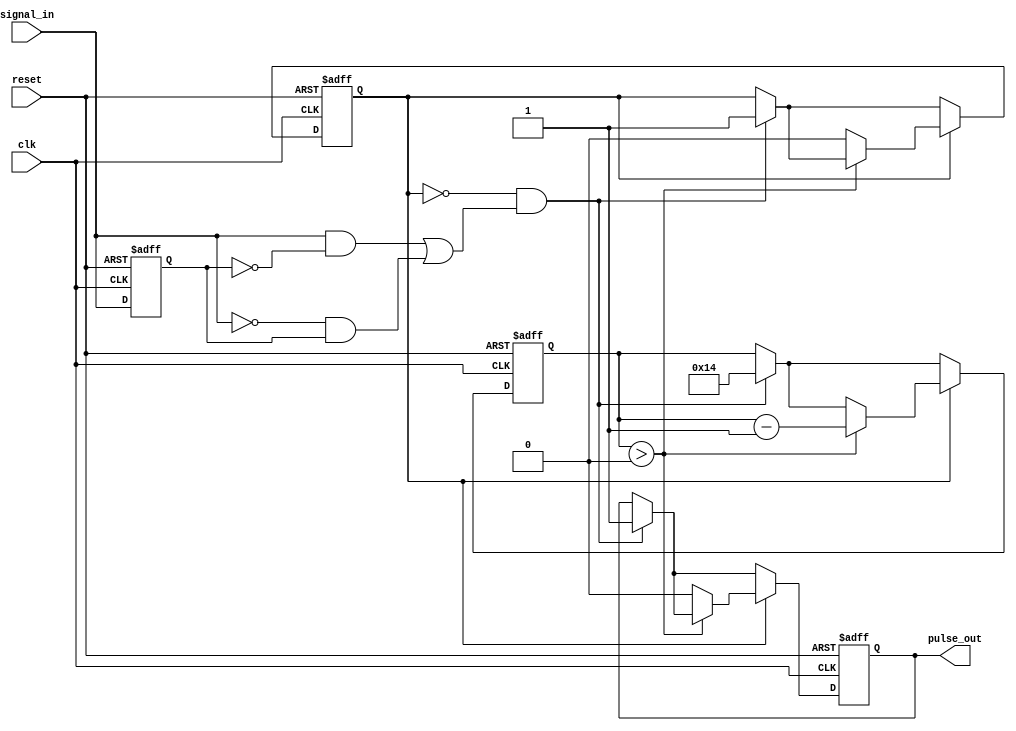
module MonostableEdgeDetector #(
    parameter PULSE_WIDTH = 20 // Configurable pulse width in clock cycles
)(
    input wire clk,            // Clock input
    input wire reset,          // Reset input
    input wire signal_in,      // Input signal to detect edges
    output reg pulse_out       // Output pulse
);

    reg signal_in_d;           // Delayed version of the input signal
    reg [4:0] counter;         // Counter for pulse width
    reg pulse_active;          // Flag to indicate if pulse is active

    // Edge detection logic
    always @(posedge clk or posedge reset) begin
        if (reset) begin
            signal_in_d <= 1'b0;
            pulse_out <= 1'b0;
            pulse_active <= 1'b0;
            counter <= 0;
        end else begin
            signal_in_d <= signal_in;

            // Detect rising or falling edge
            if (!pulse_active && ((signal_in && !signal_in_d) || (!signal_in && signal_in_d))) begin
                pulse_active <= 1'b1; // Activate pulse
                counter <= PULSE_WIDTH; // Load the pulse width
                pulse_out <= 1'b1; // Set output high
            end
            // Pulse width control
            if (pulse_active) begin
                if (counter > 0) begin
                    counter <= counter - 1;
                end else begin
                    pulse_active <= 1'b0; // Deactivate pulse
                    pulse_out <= 1'b0; // Set output low
                end
            end
        end
    end
endmodule